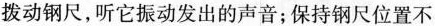
拨动钢尺，听它振动发出的声音；保持钢尺位置不